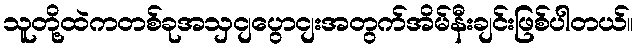
သူတို့ထဲကတစ်ခုအသှငျပွောငျးအတွက်အိမ်နီးချင်းဖြစ်ပါတယ်။